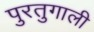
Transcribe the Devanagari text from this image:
पुरतुगाली